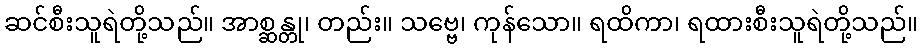
ဆင်စီးသူရဲတို့သည်။ အာစ္ဆန္တု၊ တည်း။ သဗ္ဗေ၊ ကုန်သော။ ရထိကာ၊ ရထားစီးသူရဲတို့သည်။